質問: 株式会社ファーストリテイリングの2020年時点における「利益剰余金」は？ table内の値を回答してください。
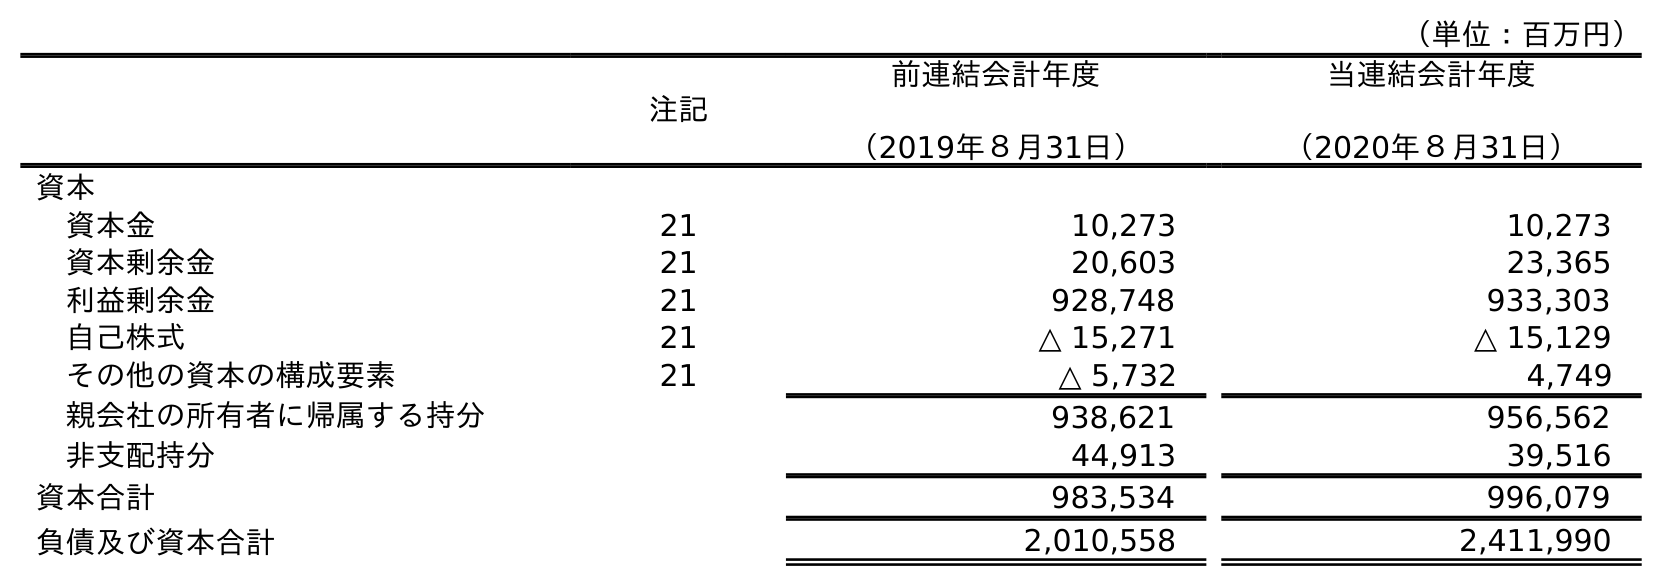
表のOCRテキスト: （単位：百万円） 注記 前連結会計年度 （2019年８月31日） 当連結会計年度 （2020年８月31日） 資本 資本金 21 10,273 10,273 資本剰余金 21 20,603 23,365 利益剰余金 21 928,748 933,303 自己株式 21 △ 15,271 △ 15,129 その他の資本の構成要素 21 △ 5,732 4,749 親会社の所有者に帰属する持分 938,621 956,562 非支配持分 44,913 39,516 資本合計 983,534 996,079 負債及び資本合計 2,010,558 2,411,990
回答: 933,303